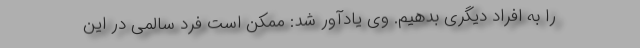
را به افراد دیگری بدهیم. وی یادآور شد: ممکن است فرد سالمی در این